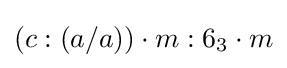
(c:(a/a))\cdot m:6_{3}\cdot m